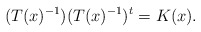
\begin{align*}(T(x)^{-1})(T(x)^{-1})^t=K(x).\end{align*}